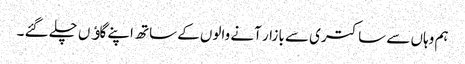
ہم وہاں سے ساکتری سے بازار آنے والوں کے ساتھ اپنے گاﺅں چلے گئے ۔